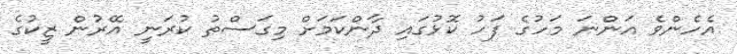
އެހެންވެ އަންނަ މަހުގެ ފަހު ކޮޅުގައި ދާންކަމަށް މިގަސްތު ކުރަނީ އޭރުން ޒީކުގެ